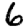
Digit: 6